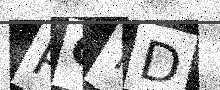
Text: PCYD